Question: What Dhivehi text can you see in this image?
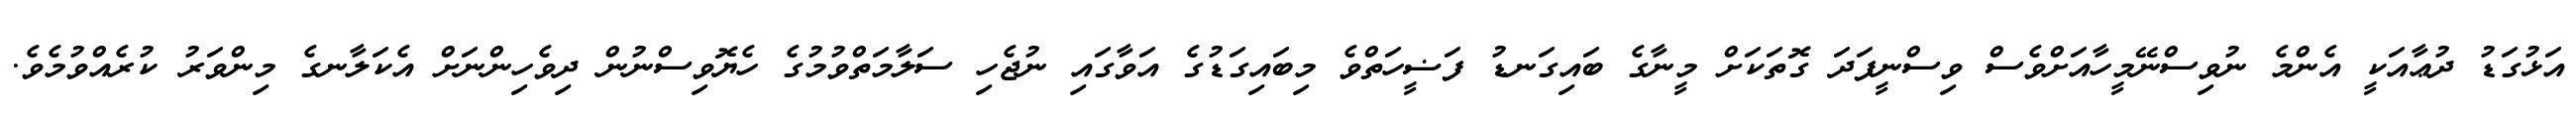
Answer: އަޅުގަޑު ދުޢާއަކީ އެންމެ ނުވިސްނޭމީހާއަށްވެސް ވިސްނީފަދަ ގޮތަކަށް މީނާގެ ބައިގަނޑު ފަޟީހަތްވެ މިބައިގަޑުގެ އަވާގައި ނުޖެހި ސަލާމަތްވުމުގެ ހެޔޮވިސްނުން ދިވެހިންނަށް އެކަލާނގެ މިންވަރު ކުރެއްވުމެވެ.